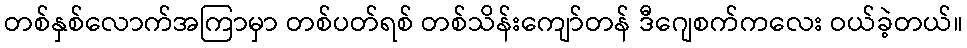
တစ်နှစ်လောက်အကြာမှာ တစ်ပတ်ရစ် တစ်သိန်းကျော်တန် ဒီဂျေစက်ကလေး ဝယ်ခဲ့တယ်။